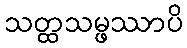
သတ္ထသမ္ဖဿာပိ